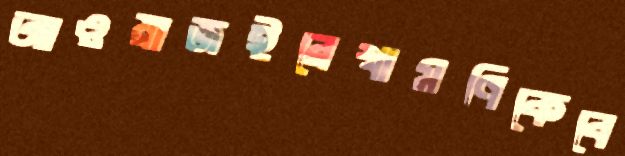
আওয়াজইরেখামণিকেবে